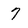
Character: 7